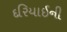
દરિયાઈની